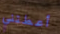
أعطتني